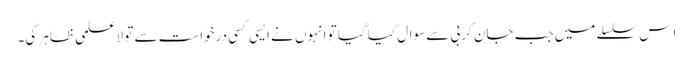
اِس سلسلے میں جب جان کربی سے سوال کیا گیا تو انہوں نے ایسی کسی درخواست سے تو لاعلمی ظاہر کی۔